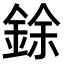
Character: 𫒟